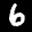
Label: 6